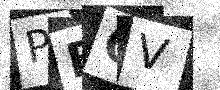
Text: PBOV